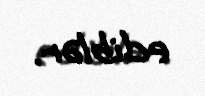
ediblər.